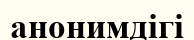
анонимдігі